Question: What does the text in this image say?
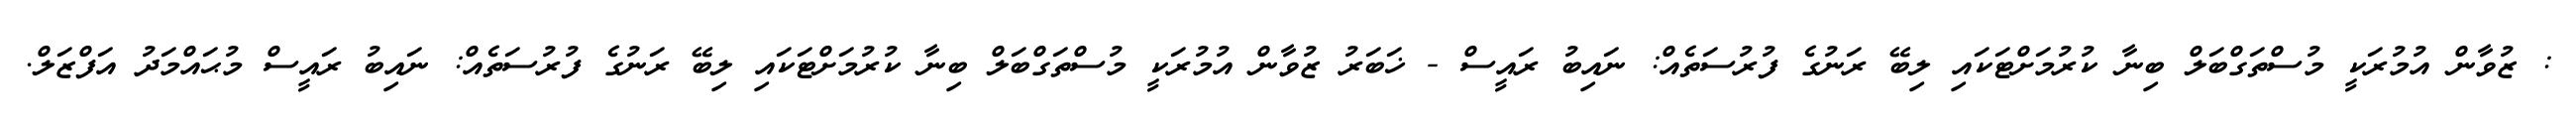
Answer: : ޒުވާން އުމުރަކީ މުސްތަގްބަލް ބިނާ ކުރުމަށްޓަކައި ލިބޭ ރަނުގެ ފުރުސަތެއް: ނައިބު ރައީސް - ޚަބަރު ޒުވާން އުމުރަކީ މުސްތަގްބަލް ބިނާ ކުރުމަށްޓަކައި ލިބޭ ރަނުގެ ފުރުސަތެއް: ނައިބު ރައީސް މުޙައްމަދު އަފްޒަލް.